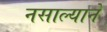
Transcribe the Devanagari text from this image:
नसाल्याने